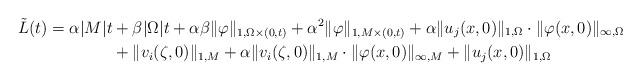
LaTeX: \begin{align*}\tilde L(t)=\alpha|M|t&+\beta|\Omega|t+\alpha\beta\Vert\varphi\Vert_{1,\Omega\times(0,t)}+{\alpha}^2\Vert\varphi\Vert_{1,M\times(0,t)}+{\alpha}\Vert u_j(x,0)\Vert_{1,\Omega}\cdot\Vert\varphi(x,0)\Vert_{\infty,\Omega}\\&+\Vert v_i(\zeta,0)\Vert_{1,M}+{\alpha}\Vert v_i(\zeta,0)\Vert_{1,M}\cdot \Vert\varphi(x,0)\Vert_{\infty, M}+\Vert u_j(x,0)\Vert_{1,\Omega}\end{align*}